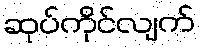
ဆုပ်ကိုင်လျက်